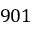
9 0 1